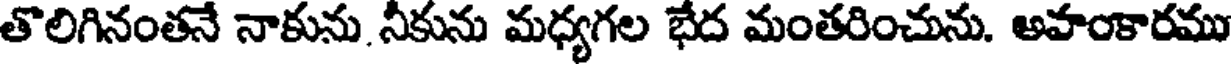
తొలిగినంతనే నాకును. నీకును మధ్యగల భేద మంతరించును. అహంకారము